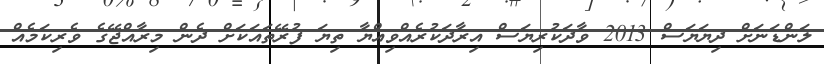
ލަންޑަނަށް ދިޔަޔަސް 2013 ވާދަކުރިޔަސް އިރާދަކުރެއްވިއްޔާ ތިޔަ ފުރޭތައަކަށް ދެން މިރާއްޖޭގެ ވެރިކަމެއް